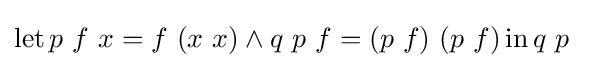
\operatorname {let} p\ f\ x=f\ (x\ x)\land q\ p\ f=(p\ f)\ (p\ f)\operatorname {in} q\ p\